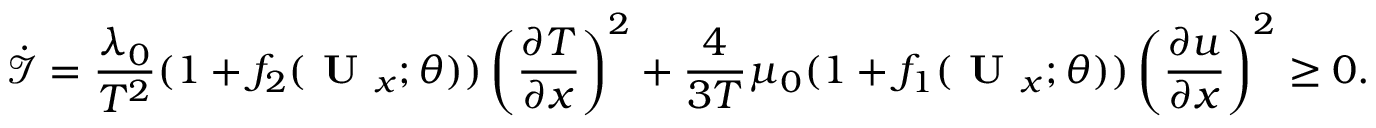
\mathcal { \Dot { I } } = \frac { \lambda _ { 0 } } { T ^ { 2 } } ( 1 + f _ { 2 } ( \textbf { U } _ { x } ; \theta ) ) \left( \frac { \partial T } { \partial x } \right) ^ { 2 } + \frac { 4 } { 3 T } \mu _ { 0 } ( 1 + f _ { 1 } ( \textbf { U } _ { x } ; \theta ) ) \left( \frac { \partial u } { \partial x } \right) ^ { 2 } \ge 0 .